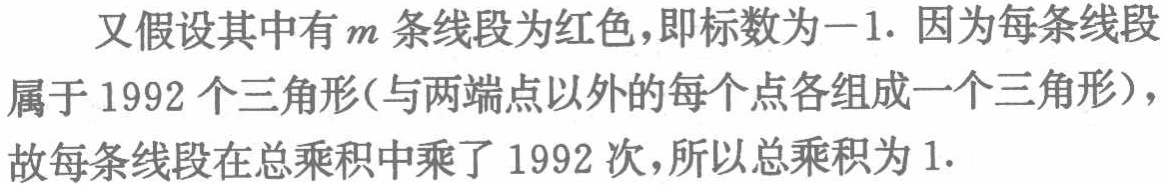
又假设其中有\(m\)条线段为红色，即标数为\(-1\). 因为每条线段属于 \(1992\) 个三角形(与两端点以外的每个点各组成一个三角形)，故每条线段在总乘积中乘了 \(1992\) 次，所以总乘积为 \(1\).